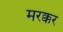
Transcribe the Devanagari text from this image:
मरक्कर